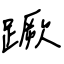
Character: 蹶